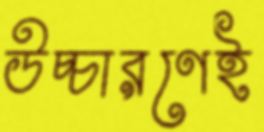
উচ্চারণেই